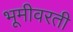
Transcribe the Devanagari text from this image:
भूमीवरती